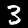
Label: 3